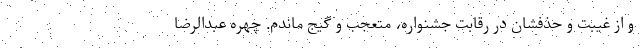
و از غیبت و حذفشان در رقابت جشنواره، متعجب و گیج ماندم. چهره عبدالرضا